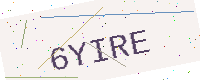
Text: 6YIRE